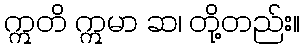
ဣတိ ဣမာ ဆ၊ တို့တည်း။